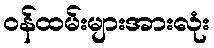
ဝန်ထမ်းများအားလုံး